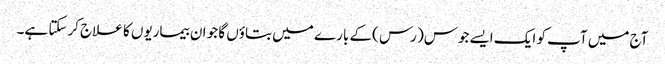
آج میں آپ کو ایک ایسےجوس( رس )کے بارے میں بتاؤں گا جو ان بیماریوں کا علاج کرسکتا ہے۔